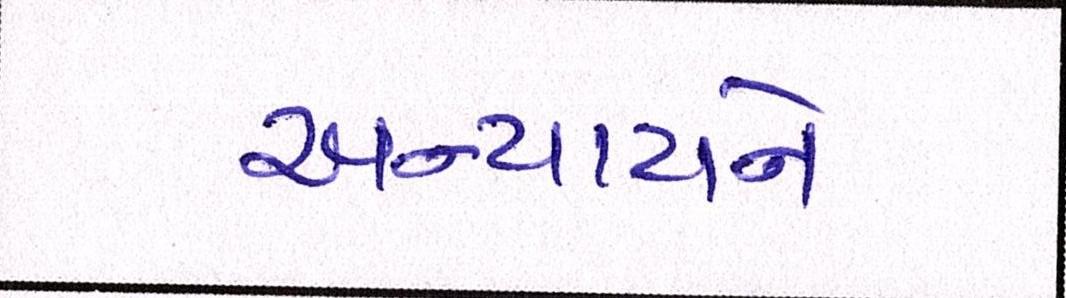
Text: અન્યાયને